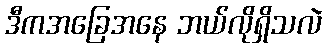
ဒီကအခြေအနေ ဘယ်လိုရှိသလဲ